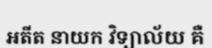
អតីត នាយក វិទ្យាល័យ គឺ